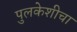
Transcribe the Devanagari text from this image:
पुलकेशीचा